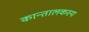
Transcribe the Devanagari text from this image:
कान्तालकस्य